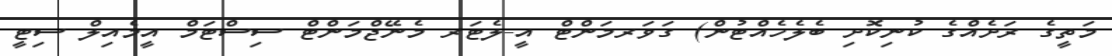
މަތީގެ ރަށެއްގެ ކުނިކޮށި ބެލެހެއްޓުން) ގަވަރމަންޓް އީ-ލެޓަރ މެނޭޖްމަންޓް ސިސްޓަމް އީމެއިލް ސިޓީ